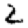
Digit: 2